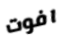
افوت